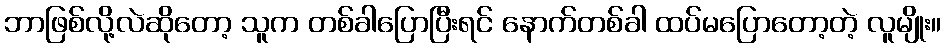
ဘာဖြစ်လို့လဲဆိုတော့ သူက တစ်ခါပြောပြီးရင် နောက်တစ်ခါ ထပ်မပြောတော့တဲ့ လူမျိုး။